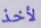
لأخذ